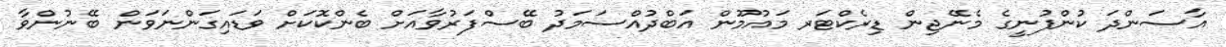
އާސަންދަ ކުންފުނީގެ މެނޭޖިން ޑިރެކްޓަރ މައުމޫން އަބްދުއްސަމަދު ބޭސްފަރުވާއަށް ބެންކޮކަށް ވަޑައިގަންނަވަން ބޭނުންވާ